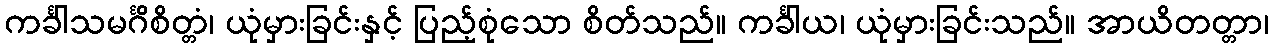
ကင်္ခါသမင်္ဂိစိတ္တံ၊ ယုံမှားခြင်းနှင့် ပြည့်စုံသော စိတ်သည်။ ကင်္ခါယ၊ ယုံမှားခြင်းသည်။ အာယိတတ္တာ၊